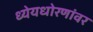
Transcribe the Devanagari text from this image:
ध्येयधोरणांवर